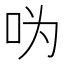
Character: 𠯠